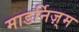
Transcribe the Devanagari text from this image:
माडर्निज़्म